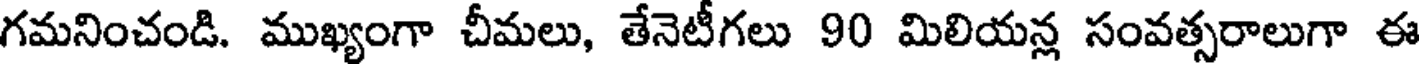
గమనించండి. ముఖ్యంగా చీమలు, తేనెటీగలు 90 మిలియన్ల సంవత్సరాలుగా ఈ